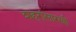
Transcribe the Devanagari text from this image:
शहरांसारखी